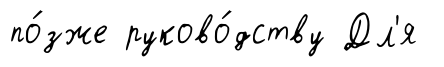
по́зже руково́дству Дл'я